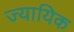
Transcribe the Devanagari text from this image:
ज्यायिक